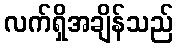
လက်ရှိအချိန်သည်